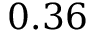
0 . 3 6